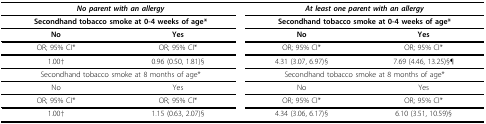
<table><thead><tr><td colspan="2"><b><i>No parent with an allergy</i></b></td><td colspan="2"><b><i>At least one parent with an allergy</i></b></td></tr><tr><td colspan="2"><b>Secondhand tobacco smoke at 0-4 weeks of age*</b></td><td colspan="2"><b>Secondhand tobacco smoke at 0-4 weeks of age*</b></td></tr><tr><td><b>No</b></td><td><b>Yes</b></td><td><b>No</b></td><td><b>Yes</b></td></tr></thead><tbody><tr><td>OR; 95% CI*</td><td>OR; 95% CI*</td><td>OR; 95% CI*</td><td>OR; 95% CI*</td></tr><tr><td>1.00†</td><td>0.96 (0.50, 1.81)§</td><td>4.31 (3.07, 6.97)§</td><td>7.69 (4.46, 13.25)§¶</td></tr><tr><td colspan="2">Secondhand tobacco smoke at 8 months of age*</td><td colspan="2">Secondhand tobacco smoke at 8 months of age*</td></tr><tr><td>No</td><td>Yes</td><td>No</td><td>Yes</td></tr><tr><td>OR; 95% CI*</td><td>OR; 95% CI*</td><td>OR; 95% CI*</td><td>OR; 95% CI*</td></tr><tr><td>1.00†</td><td>1.15 (0.63, 2.07)§</td><td>4.34 (3.06, 6.17)§</td><td>6.10 (3.51, 10.59)§</td></tr></tbody></table>